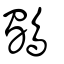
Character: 鸀